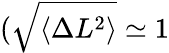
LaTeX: (\sqrt{\langle\Delta L^{2}\rangle}\simeq 1